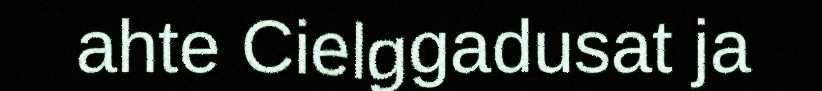
ahte Cielggadusat ja